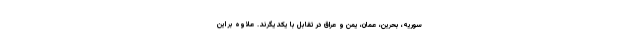
سوریه، بحرین، عمان، یمن و عراق در تقابل با یکدیگرند. علاوه بر این